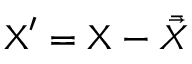
\mathbf { \boldsymbol { X } } ^ { \prime } = \mathbf { \boldsymbol { X } } - \bar { \vec { X } }